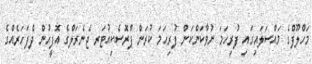
މަހްލޫފްގެ މައްސަލައިގައި ފުރިހަމަ ނުވާކަންކަން ފުރިހަމަ ކުރަން ޕްރޮސެކިއުޓަރ ޖެނެރަލްގެ އޮފީހުން ދެފަހަރެއްގެ